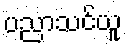
ပညာသင်ယူ